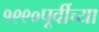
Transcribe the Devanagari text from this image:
१९९०पूर्वीच्या